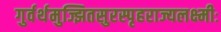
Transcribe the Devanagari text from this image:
गुर्वर्थमुज्झितसुरस्पृहराज्यलक्ष्मीः